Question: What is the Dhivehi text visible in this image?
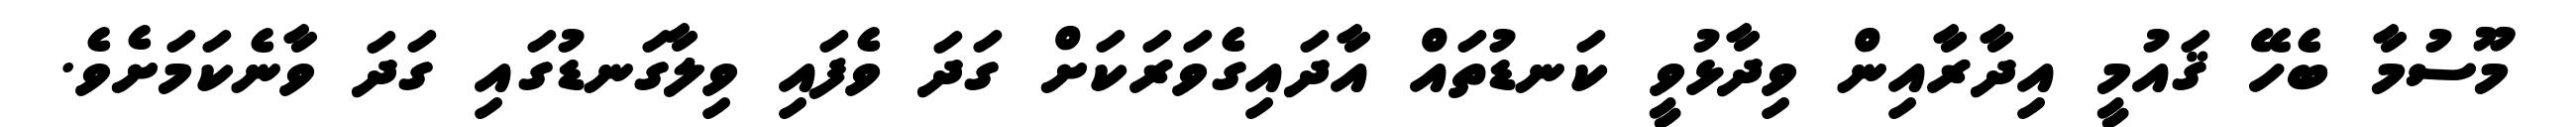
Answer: މޫސުމާ ބެހޭ ޤައުމީ އިދާރާއިން ވިދާޅުވީ ކަނޑުތައް އާދައިގެވަރަކަށް ގަދަ ވެފައި ވިލާގަނޑުގައި ގަދަ ވާނެކަމަށެވެ.